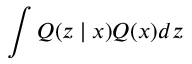
\int Q ( \boldsymbol { z } \mid \boldsymbol { x } ) Q ( \boldsymbol { x } ) d z